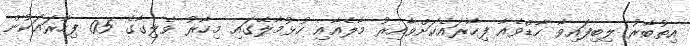
އިތުބާރު ލިބިފައިވާ ހާޑްވެއާ ފިހާރައެކަށްވާއިރު މާލެއާއި ހުޅުމާލޭގައި މިހާރު ވެލިގާގެ 05 ފިހާރައަކުން